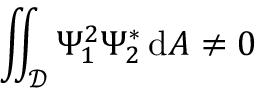
\iint _ { \mathcal { D } } \Psi _ { 1 } ^ { 2 } \Psi _ { 2 } ^ { * } \, \mathrm { d } A \neq 0